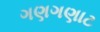
ગણગણાટ